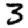
Digit: 3